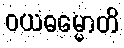
ဝယဓမ္မောတိ